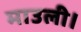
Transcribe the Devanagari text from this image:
माउली।